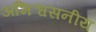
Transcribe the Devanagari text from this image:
अभिश्वसनीय